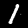
Digit: 1